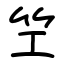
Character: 笁